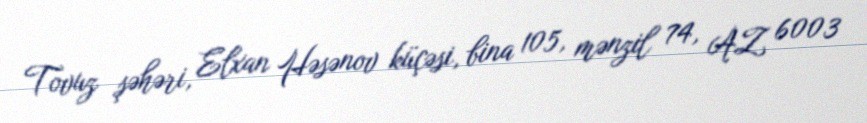
Tovuz şəhəri, Elxan Həsənov küçəsi, bina 105, mənzil 74, AZ 6003